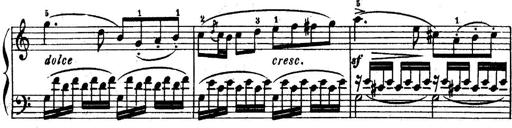
Title: 6 Piano Sonatinas
Composer: Cornelius Gurlitt